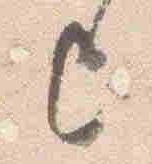
上